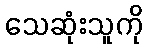
သေဆုံးသူကို